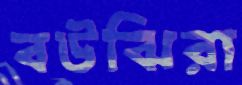
বউঝিরা